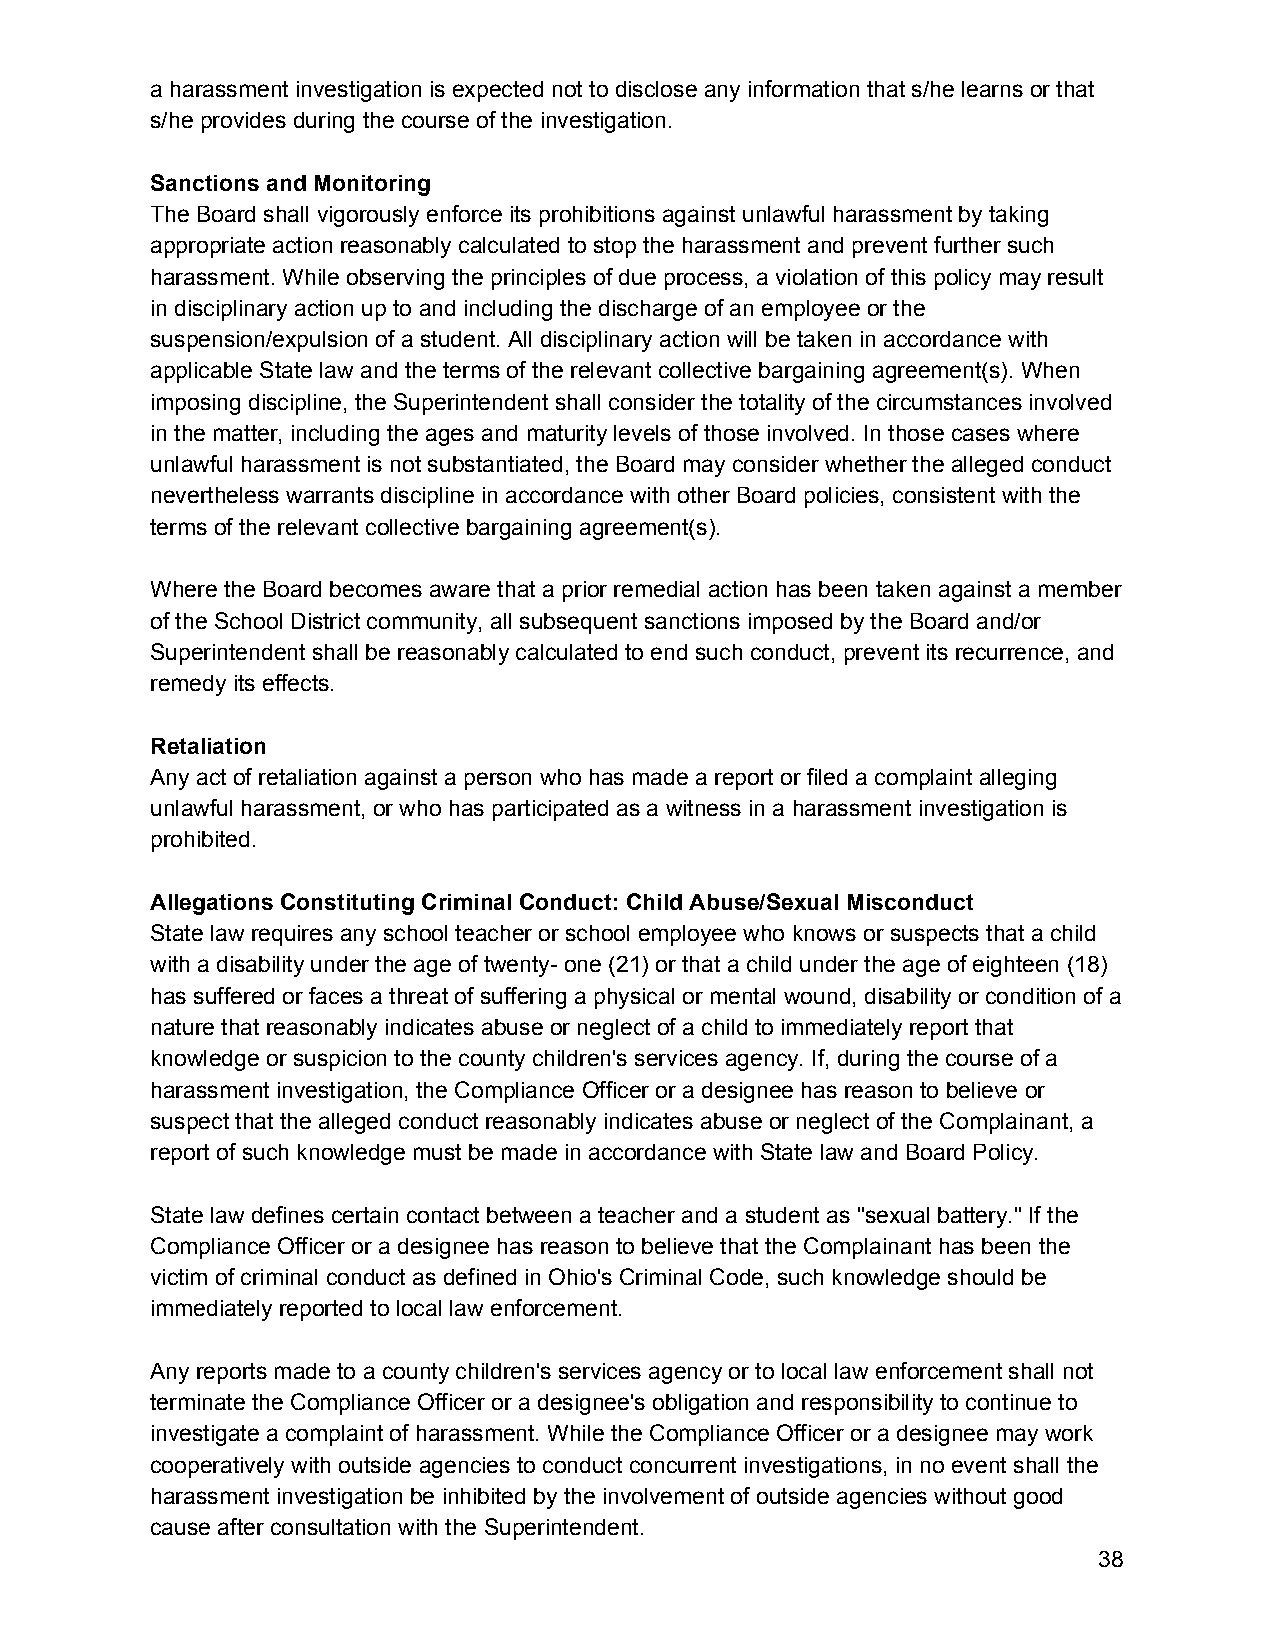
a harassment investigation is expected not to disclose any information that s/he learns or that
 s/he provides during the course of the investigation.
 Sanctions and Monitoring
 The Board shall vigorously enforce its prohibitions against unlawful harassment by taking
 appropriate action reasonably calculated to stop the harassment and prevent further such
 harassment. While observing the principles of due process, a violation of this policy may result
 in disciplinary action up to and including the discharge of an employee or the
 suspension/expulsion of a student. All disciplinary action will be taken in accordance with
 applicable State law and the terms of the relevant collective bargaining agreement(s). When
 imposing discipline, the Superintendent shall consider the totality of the circumstances involved
 in the matter, including the ages and maturity levels of those involved. In those cases where
 unlawful harassment is not substantiated, the Board may consider whether the alleged conduct
 nevertheless warrants discipline in accordance with other Board policies, consistent with the
 terms of the relevant collective bargaining agreement(s).
 Where the Board becomes aware that a prior remedial action has been taken against a member
 of the School District community, all subsequent sanctions imposed by the Board and/or
 Superintendent shall be reasonably calculated to end such conduct, prevent its recurrence, and
 remedy its effects.
 Retaliation
 Any act of retaliation against a person who has made a report or filed a complaint alleging
 unlawful harassment, or who has participated as a witness in a harassment investigation is
 prohibited.
 Allegations Constituting Criminal Conduct: Child Abuse/Sexual Misconduct
 State law requires any school teacher or school employee who knows or suspects that a child
 with a disability under the age of twenty- one (21) or that a child under the age of eighteen (18)
 has suffered or faces a threat of suffering a physical or mental wound, disability or condition of a
 nature that reasonably indicates abuse or neglect of a child to immediately report that
 knowledge or suspicion to the county children's services agency. If, during the course of a
 harassment investigation, the Compliance Officer or a designee has reason to believe or
 suspect that the alleged conduct reasonably indicates abuse or neglect of the Complainant, a
 report of such knowledge must be made in accordance with State law and Board Policy.
 State law defines certain contact between a teacher and a student as "sexual battery." If the
 Compliance Officer or a designee has reason to believe that the Complainant has been the
 victim of criminal conduct as defined in Ohio's Criminal Code, such knowledge should be
 immediately reported to local law enforcement.
 Any reports made to a county children's services agency or to local law enforcement shall not
 terminate the Compliance Officer or a designee's obligation and responsibility to continue to
 investigate a complaint of harassment. While the Compliance Officer or a designee may work
 cooperatively with outside agencies to conduct concurrent investigations, in no event shall the
 harassment investigation be inhibited by the involvement of outside agencies without good
 cause after consultation with the Superintendent.
 38